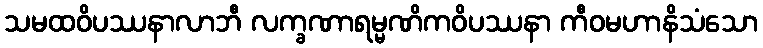
သမထဝိပဿနာလာဘီ လက္ခဏာရမ္မဏိကဝိပဿနာ ကီဝမဟာနိသံသော